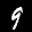
Label: 9